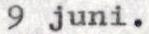
9 juni.